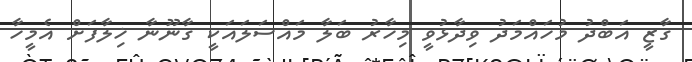
ގާޒީ އަބްދު މުހައްމަދު ވިދާޅުވީ މިހާރު ބަލާ މައްސަލައަކީ ގާނޫނާ ޚިލާފަށް އެމީހާ